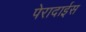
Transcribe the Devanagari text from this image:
पेरादाईस